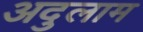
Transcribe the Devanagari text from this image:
अदुलाम